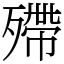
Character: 殢